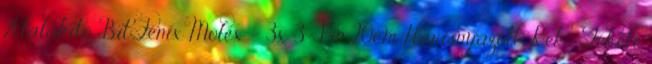
Átalakító BitFenix Molex - 3x 3-Pin 20cm Harisnyázott Kék Fekete